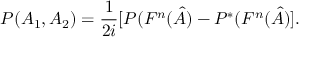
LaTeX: P ( A _ { 1 } , A _ { 2 } ) = \frac { 1 } { 2 i } [ P ( F ^ { n } ( \hat { A } ) - P ^ { \ast } ( F ^ { n } ( \hat { A } ) ] .